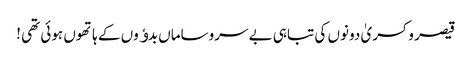
قیصر و کسریٰ دونوں کی تباہی بے سروساماں بدﺅوں کے ہاتھوں ہوئی تھی !